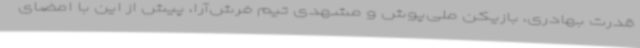
قدرت بهادری، بازیکن ملی‌پوش و مشهدی تیم فرش‌آرا، پیش از این با امضای